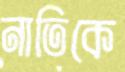
নাতিকে